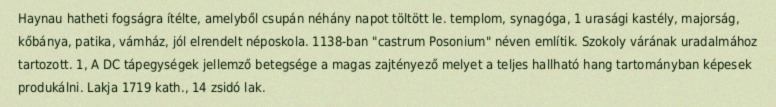
Haynau hatheti fogságra ítélte, amelyből csupán néhány napot töltött le. templom, synagóga, 1 urasági kastély, majorság, kőbánya, patika, vámház, jól elrendelt néposkola. 1138-ban "castrum Posonium" néven említik. Szokoly várának uradalmához tartozott. 1, A DC tápegységek jellemző betegsége a magas zajtényező melyet a teljes hallható hang tartományban képesek produkálni. Lakja 1719 kath., 14 zsidó lak.